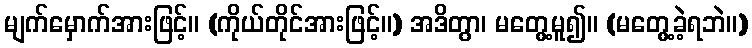
မျက်မှောက်အားဖြင့်။ (ကိုယ်တိုင်အားဖြင့်။) အဒိတွာ၊ မတွေ့မူ၍။ (မတွေ့ခဲ့ရဘဲ။)